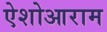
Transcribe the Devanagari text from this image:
ऐशोआराम